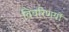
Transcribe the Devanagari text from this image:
विवरिणयों